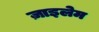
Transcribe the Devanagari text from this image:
ज़ाइलेम